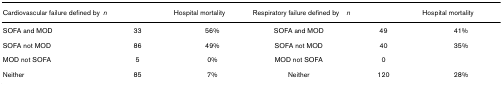
<table><thead><tr><td><b>Cardiovascular failure defined by</b></td><td><b><i>n</i></b></td><td><b>Hospital mortality</b></td><td><b>Respiratory failure defined by</b></td><td><b><i>n</i></b></td><td><b>Hospital mortality</b></td></tr></thead><tbody><tr><td>SOFA and MOD</td><td>33</td><td>56%</td><td>SOFA and MOD</td><td>49</td><td>41%</td></tr><tr><td>SOFA not MOD</td><td>86</td><td>49%</td><td>SOFA not MOD</td><td>40</td><td>35%</td></tr><tr><td>MOD not SOFA</td><td>5</td><td>0%</td><td>MOD not SOFA</td><td>0</td><td></td></tr><tr><td>Neither</td><td>85</td><td>7%</td><td>Neither</td><td>120</td><td>28%</td></tr></tbody></table>